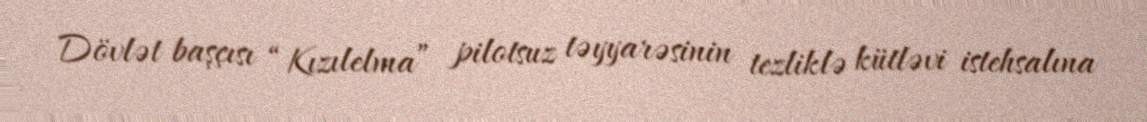
Dövlət başçısı “Kızılelma” pilotsuz təyyarəsinin tezliklə kütləvi istehsalına